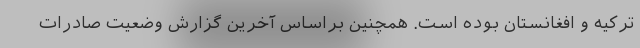
ترکیه و افغانستان بوده است. همچنین براساس آخرین گزارش وضعیت صادرات